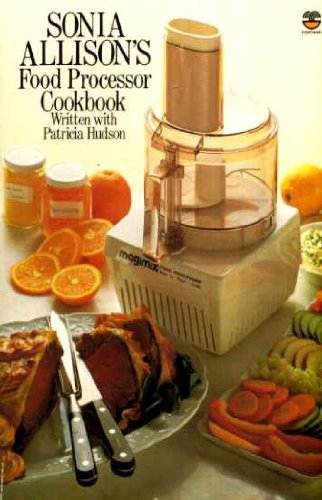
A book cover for Food Processor Cook Book; Sonia Allison; Cookbooks, Food & Wine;